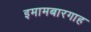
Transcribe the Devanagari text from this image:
इमामबारगाह